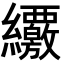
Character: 𦇸